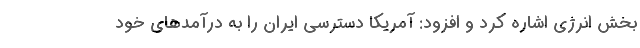
بخش انرژی اشاره کرد و افزود: آمریکا دسترسی ایران را به درآمدهای خود